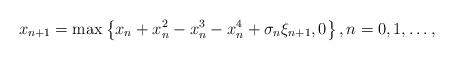
LaTeX: \begin{align*}x_{n+1}=\max\left\{ x_n+x_n^2-x_n^3-x_n^4+ \sigma_n \xi_{n+1}, 0 \right\}, n=0, 1, \dots, \end{align*}